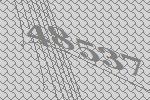
48537